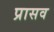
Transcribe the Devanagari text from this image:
प्रासव